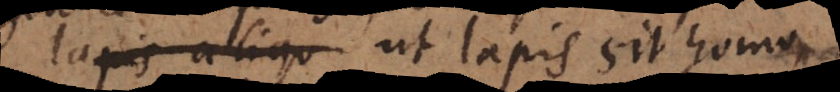
positivum ut lapis sit homo,